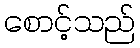
စောင့်သည်